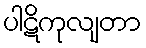
ပါဋိကုလျတာ